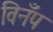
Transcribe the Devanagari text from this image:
विनँप